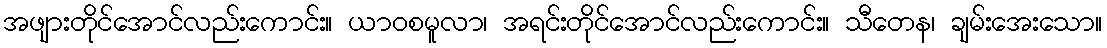
အဖျားတိုင်အောင်လည်းကောင်း။ ယာဝစမူလာ၊ အရင်းတိုင်အောင်လည်းကောင်း။ သီတေန၊ ချမ်းအေးသော။